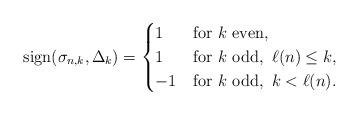
LaTeX: \begin{align*}\mathrm{sign}(\sigma_{n,k},\Delta_{k})=\begin{cases}1 & \mbox{for}\,\,k\,\,\mbox{even},\\1 & \mbox{for}\,\,k\,\,\mbox{odd},\,\,\ell(n)\leq k,\\-1 & \mbox{for}\,\,k\,\,\mbox{odd},\,\, k<\ell(n).\end{cases}\end{align*}